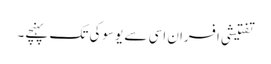
تفتیشی افسران اسی سے یوسوکی تک پہنچے۔